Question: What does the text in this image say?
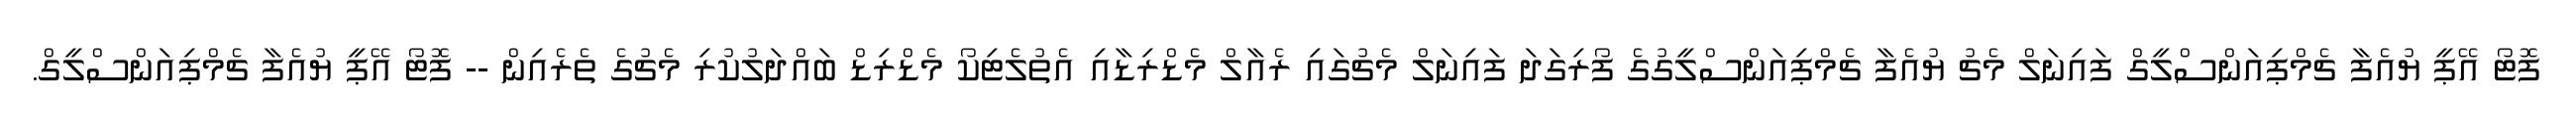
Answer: ފޮޓޯ އޭޕީ ޔުއެފާ ޗެމްޕިއަންސްލީގް ފައިނަލް މެޗު ޔުއެފާ ޗެމްޕިއަންސްލީގުގެ ފޯރިގަދަ ފައިނަލް މެޗުގައި ރެއާލް މެޑްރިޑާއި އެތުލެޓިކޯ މެޑްރިޑް ބައްދަލުކުރި މެޗުގެ ތެރެއިން -- ފޮޓޯ އޭޕީ ޔުއެފާ ޗެމްޕިއަންސްލީގް.